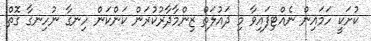
ކުށަކީ ހަމައިން ނެއްޓިފައިވާ މި ދައުލަތް ޒިންމާދާރުކުރަން ކަންކަން ހިނގާ ނުހިނގާ ގޮތް